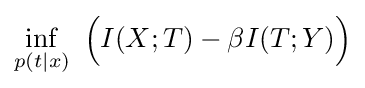
\inf _{p(t|x)}\,\,{\Big (}I(X;T)-\beta I(T;Y){\Big )}